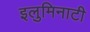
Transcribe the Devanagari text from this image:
इलुमिनाटी